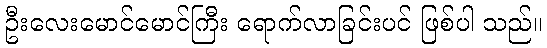
ဦးလေးမောင်မောင်ကြီး ရောက်လာခြင်းပင် ဖြစ်ပါ သည်။